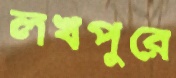
লখপুরে